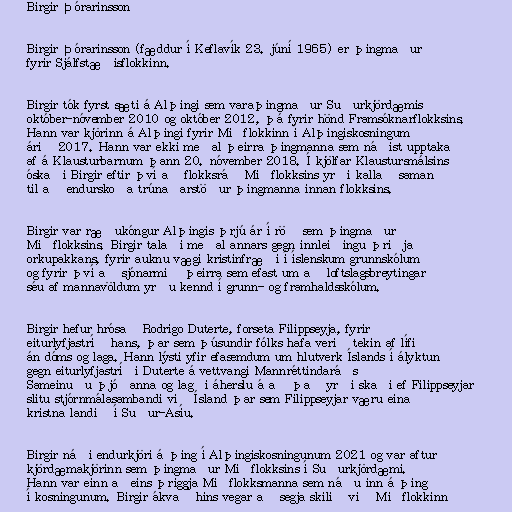
Birgir Þórarinsson

Birgir Þórarinsson (fæddur í Keflavík 23. júní 1965) er þingmaður
fyrir Sjálfstæðisflokkinn.

Birgir tók fyrst sæti á Alþingi sem varaþingmaður Suðurkjördæmis
október-nóvember 2010 og október 2012, þá fyrir hönd Framsóknarflokksins.
Hann var kjörinn á Alþingi fyrir Miðflokkinn í Alþingiskosningum
árið 2017. Hann var ekki meðal þeirra þingmanna sem náðist upptaka
af á Klausturbarnum þann 20. nóvember 2018. Í kjölfar Klaustursmálsins
óskaði Birgir eftir því að flokksráð Miðflokksins yrði kallað saman
til að endurskoða trúnaðarstöður þingmanna innan flokksins.

Birgir var ræðukóngur Alþingis þrjú ár í röð sem þingmaður
Miðflokksins. Birgir talaði meðal annars gegn innleiðingu þriðja
orkupakkans, fyrir auknu vægi kristinfræði í íslenskum grunnskólum
og fyrir því að sjónarmið þeirra sem efast um að loftslagsbreytingar
séu af mannavöldum yrðu kennd í grunn- og framhaldsskólum.

Birgir hefur hrósað Rodrigo Duterte, forseta Filippseyja, fyrir
eiturlyfjastríð hans, þar sem þúsundir fólks hafa verið tekin af lífi
án dóms og laga. Hann lýsti yfir efasemdum um hlutverk Íslands í ályktun
gegn eiturlyfjastríði Duterte á vettvangi Mannréttindaráðs
Sameinuðu þjóðanna og lagði áherslu á að það yrði skaði ef Filippseyjar
slitu stjórnmálasambandi við Ísland þar sem Filippseyjar væru eina
kristna landið í Suður-Asíu.

Birgir náði endurkjöri á þing í Alþingiskosningunum 2021 og var aftur
kjördæmakjörinn sem þingmaður Miðflokksins í Suðurkjördæmi.
Hann var einn aðeins þriggja Miðflokksmanna sem náðu inn á þing
í kosningunum. Birgir ákvað hins vegar að segja skilið við Miðflokkinn